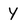
Character: y